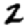
Digit: 2